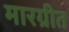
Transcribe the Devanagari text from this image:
मारग्रीत